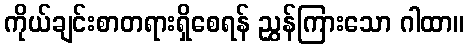
ကိုယ်ချင်းစာတရားရှိစေရန် ညွှန်ကြားသော ဂါထာ။